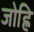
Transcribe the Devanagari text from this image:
जोह्रि